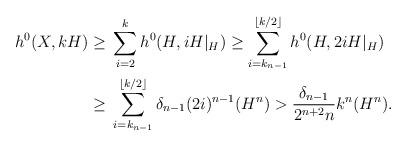
LaTeX: \begin{align*} h^0(X, kH)\geq {}&\sum_{i=2}^k h^0(H, iH|_H) \geq \sum_{i=k_{n-1}}^{\lfloor k/2\rfloor} h^0(H, 2iH|_H)\\ \geq {}&\sum_{i=k_{n-1}}^{\lfloor k/2\rfloor}\delta_{n-1} (2i)^{n-1}(H^{n}) > \frac{\delta_{n-1}}{2^{n+2}n}k^n(H^{n}).\end{align*}